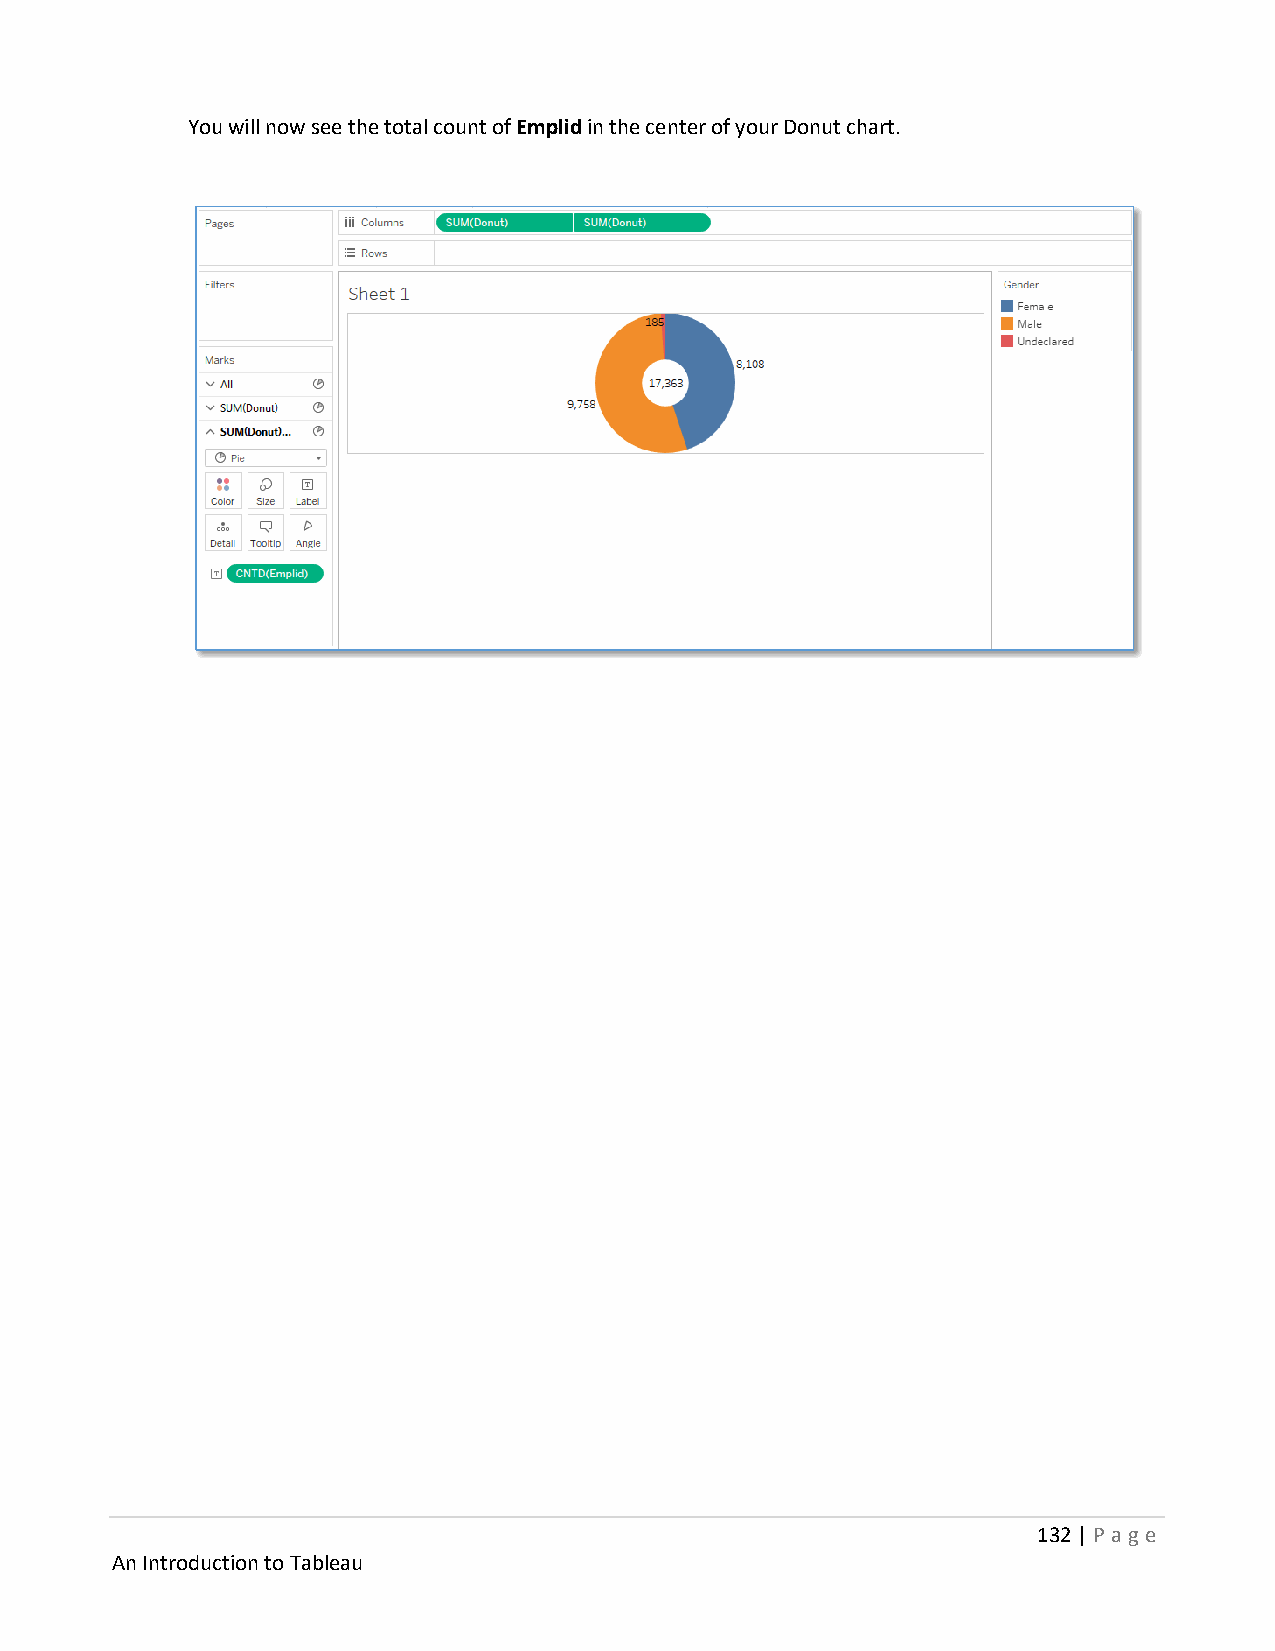
You will now see the total count of Emplid in the center of your Donut chart.
 132 | P age
 An Introduction to Tableau